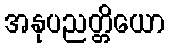
အနုပညတ္တိယော